Vaccination in Bombay 1863-1868 - 1863-1868
Year: 1863
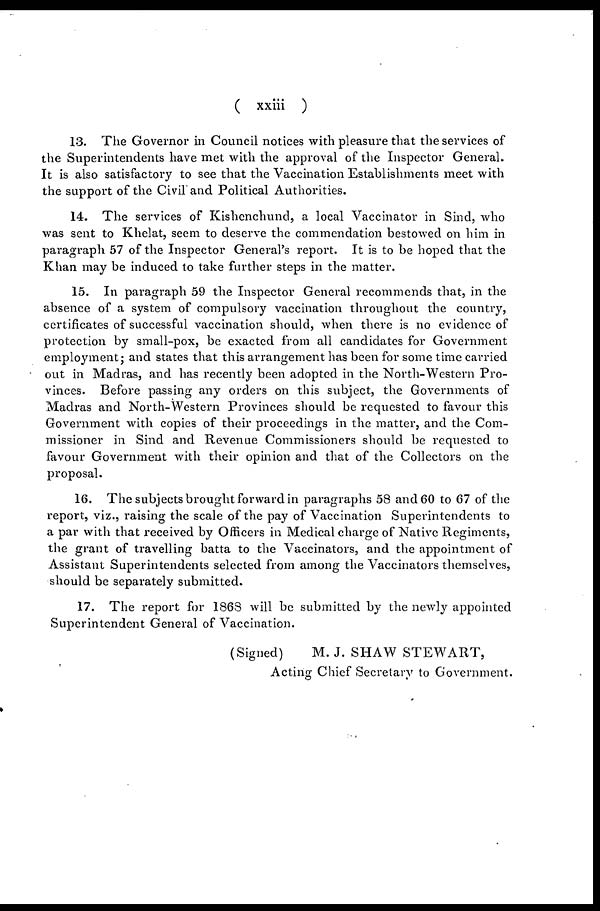
( xxiii )
13. The Governor in Council notices with pleasure that the services of
the Superintendents have met with the approval of the Inspector General.
It is also satisfactory to see that the Vaccination Establishments meet with
the support of the Civil and Political Authorities.
14. The services of Kishenchund, a local Vaccinator in Sind, who
was sent to Khelat, seem to deserve the commendation bestowed on him in
paragraph 57 of the Inspector General's report. It is to be hoped that the
Khan may be induced to take further steps in the matter.
15. In paragraph 59 the Inspector General recommends that, in the
absence of a system of compulsory vaccination throughout the country,
certificates of successful vaccination should, when there is no evidence of
protection by small-pox, be exacted from all candidates for Government
employment; and states that this arrangement has been for some time carried
out in Madras, and has recently been adopted in the North-Western Pro-
vinces. Before passing any orders on this subject, the Governments of
Madras and North-Western Provinces should be requested to favour this
Government with copies of their proceedings in the matter, and the Com-
missioner in Sind and Revenue Commissioners should be requested to
favour Government with their opinion and that of the Collectors on the
proposal.
16. The subjects brought forward in paragraphs 58 and 60 to 67 of the
report, viz., raising the scale of the pay of Vaccination Superintendents to
a par with that received by Officers in Medical charge of Native Regiments,
the grant of travelling batta to the Vaccinators, and the appointment of
Assistant Superintendents selected from among the Vaccinators themselves,
should be separately submitted.
17. The report for 1868 will be submitted by the newly appointed
Superintendent General of Vaccination.
(Signed)
M. J. SHAW STEWART,
Acting Chief Secretary to Government.